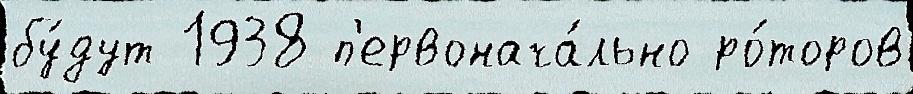
бу́дут 1938 п'ервонача́льно ро́торов